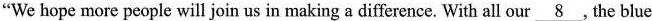
"We hope more people will join us in making a difference. With all our \underline{8} , the blue